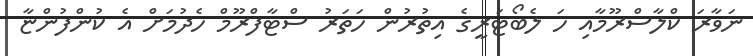
ނަވާރަ ކްލާސްރޫމާއި ހަ ލެބޯޓަރީގެ އިތުރުން ހަތަރު ސްޓާފްރޫމް ހެދުމަށް އެ ކުންފުންޏާ